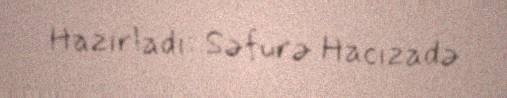
Hazırladı: Səfurə Hacızadə